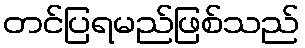
တင်ပြရမည်ဖြစ်သည်